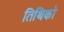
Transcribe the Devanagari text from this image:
तिथिको